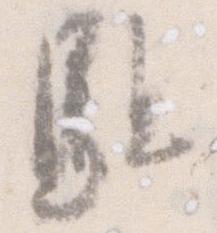
駈